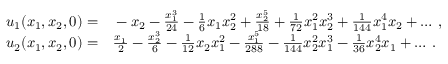
\begin{array} { r l } { u _ { 1 } ( x _ { 1 } , x _ { 2 } , 0 ) = } & { { } - x _ { 2 } - \frac { x _ { 1 } ^ { 3 } } { 2 4 } - \frac { 1 } { 6 } x _ { 1 } x _ { 2 } ^ { 2 } + \frac { x _ { 2 } ^ { 5 } } { 1 8 } + \frac { 1 } { 7 2 } x _ { 1 } ^ { 2 } x _ { 2 } ^ { 3 } + \frac { 1 } { 1 4 4 } x _ { 1 } ^ { 4 } x _ { 2 } + \dots \, , } \\ { u _ { 2 } ( x _ { 1 } , x _ { 2 } , 0 ) = } & { { } \frac { x _ { 1 } } { 2 } - \frac { x _ { 2 } ^ { 3 } } { 6 } - \frac { 1 } { 1 2 } x _ { 2 } x _ { 1 } ^ { 2 } - \frac { x _ { 1 } ^ { 5 } } { 2 8 8 } - \frac { 1 } { 1 4 4 } x _ { 2 } ^ { 2 } x _ { 1 } ^ { 3 } - \frac { 1 } { 3 6 } x _ { 2 } ^ { 4 } x _ { 1 } + \dots \, . } \end{array}